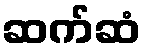
ဆက်ဆံ